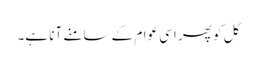
کل کو پھر اسی عوام کے سامنے آنا ہے۔